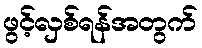
ဖွင့်လှစ်ရန်အတွက်